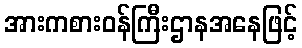
အားကစားဝန်ကြီးဌာနအနေဖြင့်